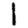
Digit: 1